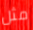
مثل